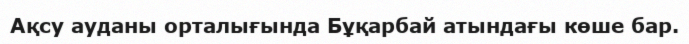
Ақсу ауданы орталығында Бұқарбай атындағы көше бар.